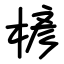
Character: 楌